Vaccine operations Central Provinces 1868-1885 - 1868-1885
Year: 1868
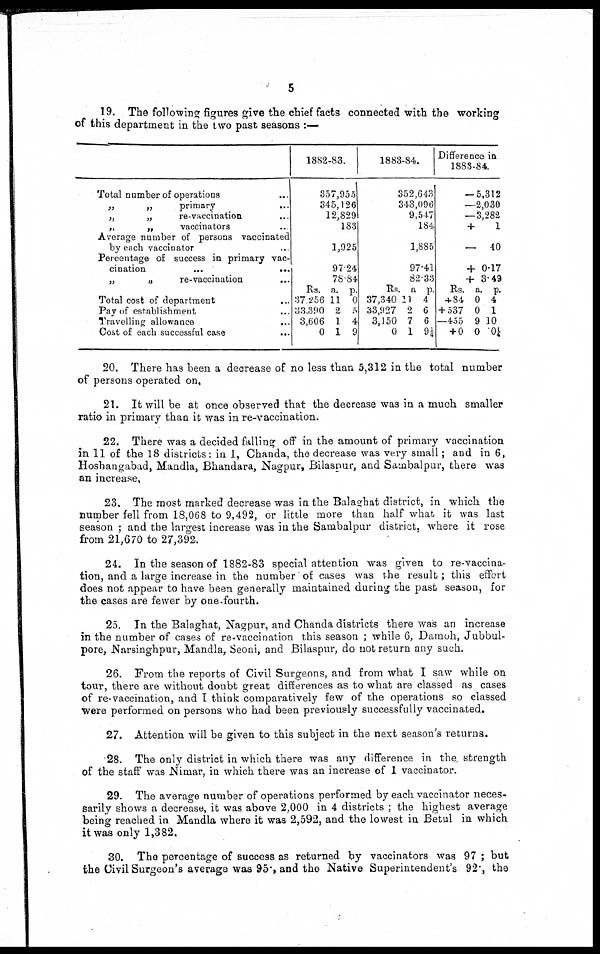
5
19. The following figures give the chief facts connected with the working
of this department in the two past seasons :—
Total number of operations ...
„
„
primary ...
„
„
re-vaccination ...
„
„
vaccinators ...
Average number of persons vaccinated
by each vaccinator ...
Percentage of success in primary vac-
cination
...
...
„
„
re-vaccination ...
Total cost of department ...
Pay of establishment ...
Travelling allowance
...
Cost of each successful case
...
1882-83.
357,955
345,126
12,829
183
1,925
97.24
78.84
Rs.
37 256
33,390
3,606
0
a.
11
2
1
1
p.
0
5
4
9
1883-84.
352,643
343,096
9,547
184
1,885
97.41
82.33
Rs.
37,340
33,927
3,150
0
a
11
2
7
1
p.
4
6
6
9¼
Difference in
1888-84.
— 5,312
—2,030
—3,282
+
1
— 40
+ 0.17
+ 3.49
Rs.
+84
+ 537
—455
+ 0
a.
0
0
9
0
p.
4
1
10
0¼
20. There has been a decrease of no less than 5,312 in the total number
of persons operated on,
21. It will be at once observed that the decrease was in a much smaller
ratio in primary than it was in re-vaccination.
22. There was a decided falling off in the amount of primary vaccination
in 11 of the 18 districts: in 1, Chanda, the decrease was very small; and in 6,
Hoshangabad, Mandla, Bhandara, Nagpur, Bilaspur, and Sambalpur, there was
an increase.
23. The most marked decrease was in the Balaghat district, in which the
number fell from 18,068 to 9,492, or little more than half what it was last
season ; and the largest increase was in the Sambalpur district, where it rose
from 21,670 to 27,392.
24. In the season of 1882-83 special attention was given to re-vaccina-
tion, and a large increase in the number of cases was the result; this effort
does not appear to have been generally maintained during the past season, for
the cases are fewer by one-fourth.
25. In the Balaghat, Nagpur, and Chanda districts there was an increase
in the number of cases of re-vaccination this season ; while 6, Damoh, Jubbul¬
pore, Narsinghpur, Mandla, Seoni, and Bilaspur, do not return any such.
26. From the reports of Civil Surgeons, and from what I saw while on
tour, there are without doubt great differences as to what are classed as cases
of re-vaccination, and I think comparatively few of the operations so classed
were performed on persons who had been previously successfully vaccinated.
27. Attention will be given to this subject in the next season's returns.
28. The only district in which there was any difference in the strength
of the staff was Nimar, in which there was an increase of 1 vaccinator.
29. The average number of operations performed by each vaccinator neces-
sarily shows a decrease, it was above 2,000 in 4 districts ; the highest average
being reached in Mandla where it was 2,592, and the lowest in Betul in which
it was only 1,382.
30. The percentage of success as returned by vaccinators was 97 ; but
the Civil Surgeon's average was 95., and the Native Superintendent's 92, the